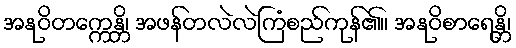
အနုဝိတက္ကေန္တိ၊ အဖန်တလဲလဲကြံစည်ကုန်၏။ အနုဝိစာရေန္တိ၊